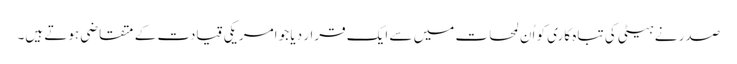
صدر نے ہیٹی کی تباہ کاری کو اُن لمحات میں سے ایک قرار دیا جو امریکی قیادت کے متقاضی ہوتے ہیں۔